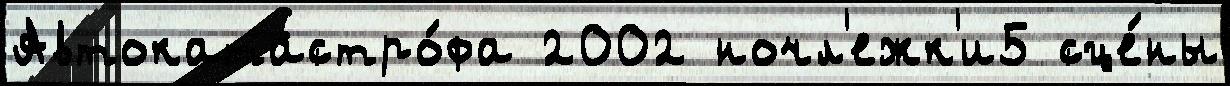
Автокатастро́фа 2002 ночл'ежк'и5 сце́ны